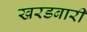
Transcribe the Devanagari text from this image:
खरडबारी